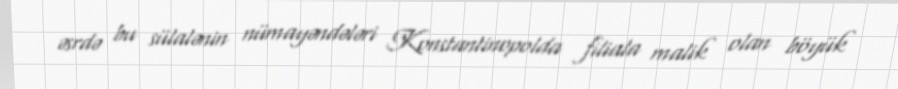
əsrdə bu sülalənin nümayəndələri Konstantinopolda filiala malik olan böyük